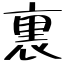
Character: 裏